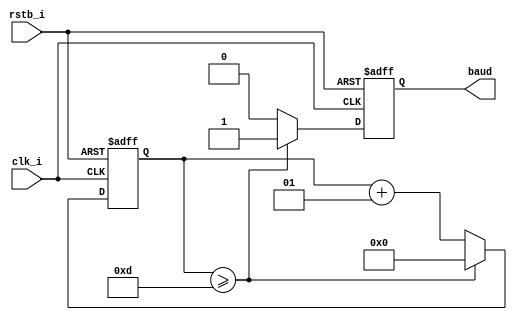
`timescale 1ns / 1ps
//////////////////////////////////////////////////////////////////////////////////
// Company: 
// Engineer: 
// 
// Design Name: 
// Module Name: baud_gen
// Project Name: 
// Target Devices: 
// Tool Versions: 
// Description: 
// 
// Dependencies: 
// 
// Revision:
// Revision 0.01 - File Created
// Additional Comments:
// 
//////////////////////////////////////////////////////////////////////////////////


module baud_gen
    #(
        parameter CLOCK_RATE = 125000000,
        parameter BAUD_RATE = 9600
    )(
        input  clk_i,
        input  rstb_i,
        output  reg baud = 0
    );
    
    localparam THRESHOLD = CLOCK_RATE/BAUD_RATE;
    
    integer rxCounter = 0;
    
    always @ (posedge clk_i, negedge rstb_i) begin
        if (!rstb_i) begin
            baud <= 0;
            rxCounter <= 0;
        end else begin
            if (rxCounter >= 13) begin
                rxCounter <= 0;
                baud <= 1;
            end else begin
                rxCounter = rxCounter + 1;
                baud <= 0;
            end
        end
    end
        
endmodule